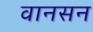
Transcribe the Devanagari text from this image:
वानसन